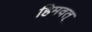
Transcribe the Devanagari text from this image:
हिमवत्